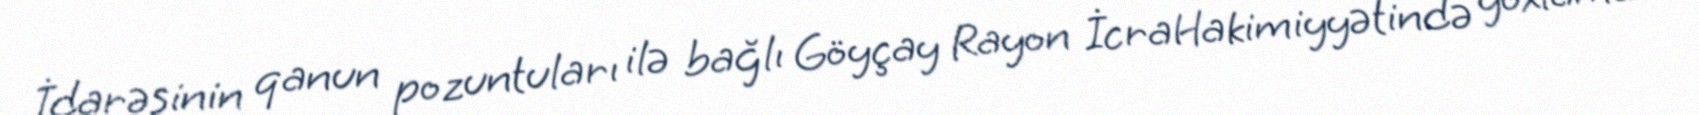
İdarəsinin qanun pozuntuları ilə bağlı Göyçay Rayon İcraHakimiyyətində yoxlama